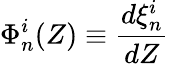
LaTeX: \Phi_{n}^{i}(Z)\equiv\frac{d\xi_{n}^{i}}{dZ}